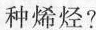
种烯烃?